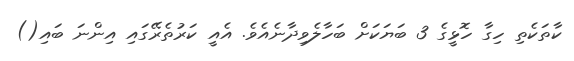
ކާތަކެތި ހިގާ ހޮޅީގެ 3 ބަޔަކަށް ބަހާލެވިދާނެއެވެ. އެއީ ކަރުތެރޭގައި އިންނަ ބައި()